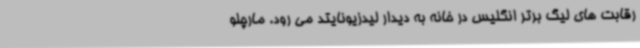
رقابت های لیگ برتر انگلیس در خانه به دیدار لیدزیونایتد می رود. مارچلو